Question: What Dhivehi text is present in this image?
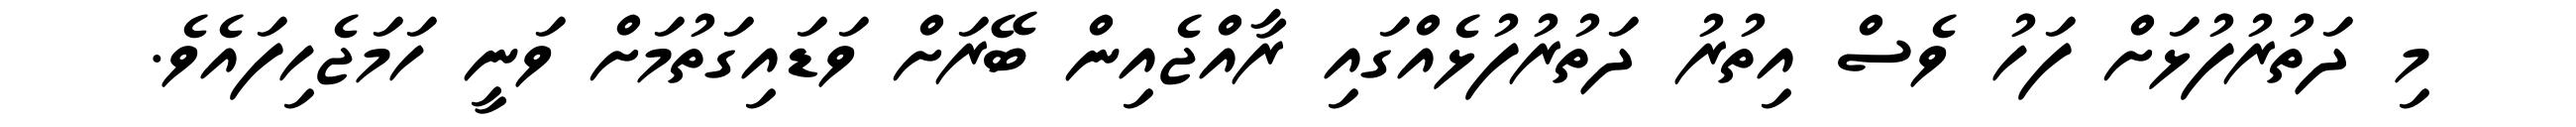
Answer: މި ދަތުރުފުޅަށް ފަހު ވެސް އިތުރު ދަތުރުފުޅެއްގައި ރާއްޖެއިން ބޭރަށް ވަޑައިގަތުމަށް ވަނީ ހަމަޖެހިފައެވެ.